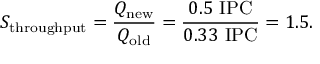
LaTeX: S _ { \mathrm { t h r o u g h p u t } } = { \frac { Q _ { \mathrm { n e w } } } { Q _ { \mathrm { o l d } } } } = { \frac { 0 . 5 ~ { \mathrm { I P C } } } { 0 . 3 3 ~ { \mathrm { I P C } } } } = 1 . 5 .